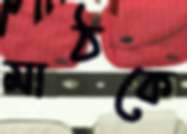
মাঠকে